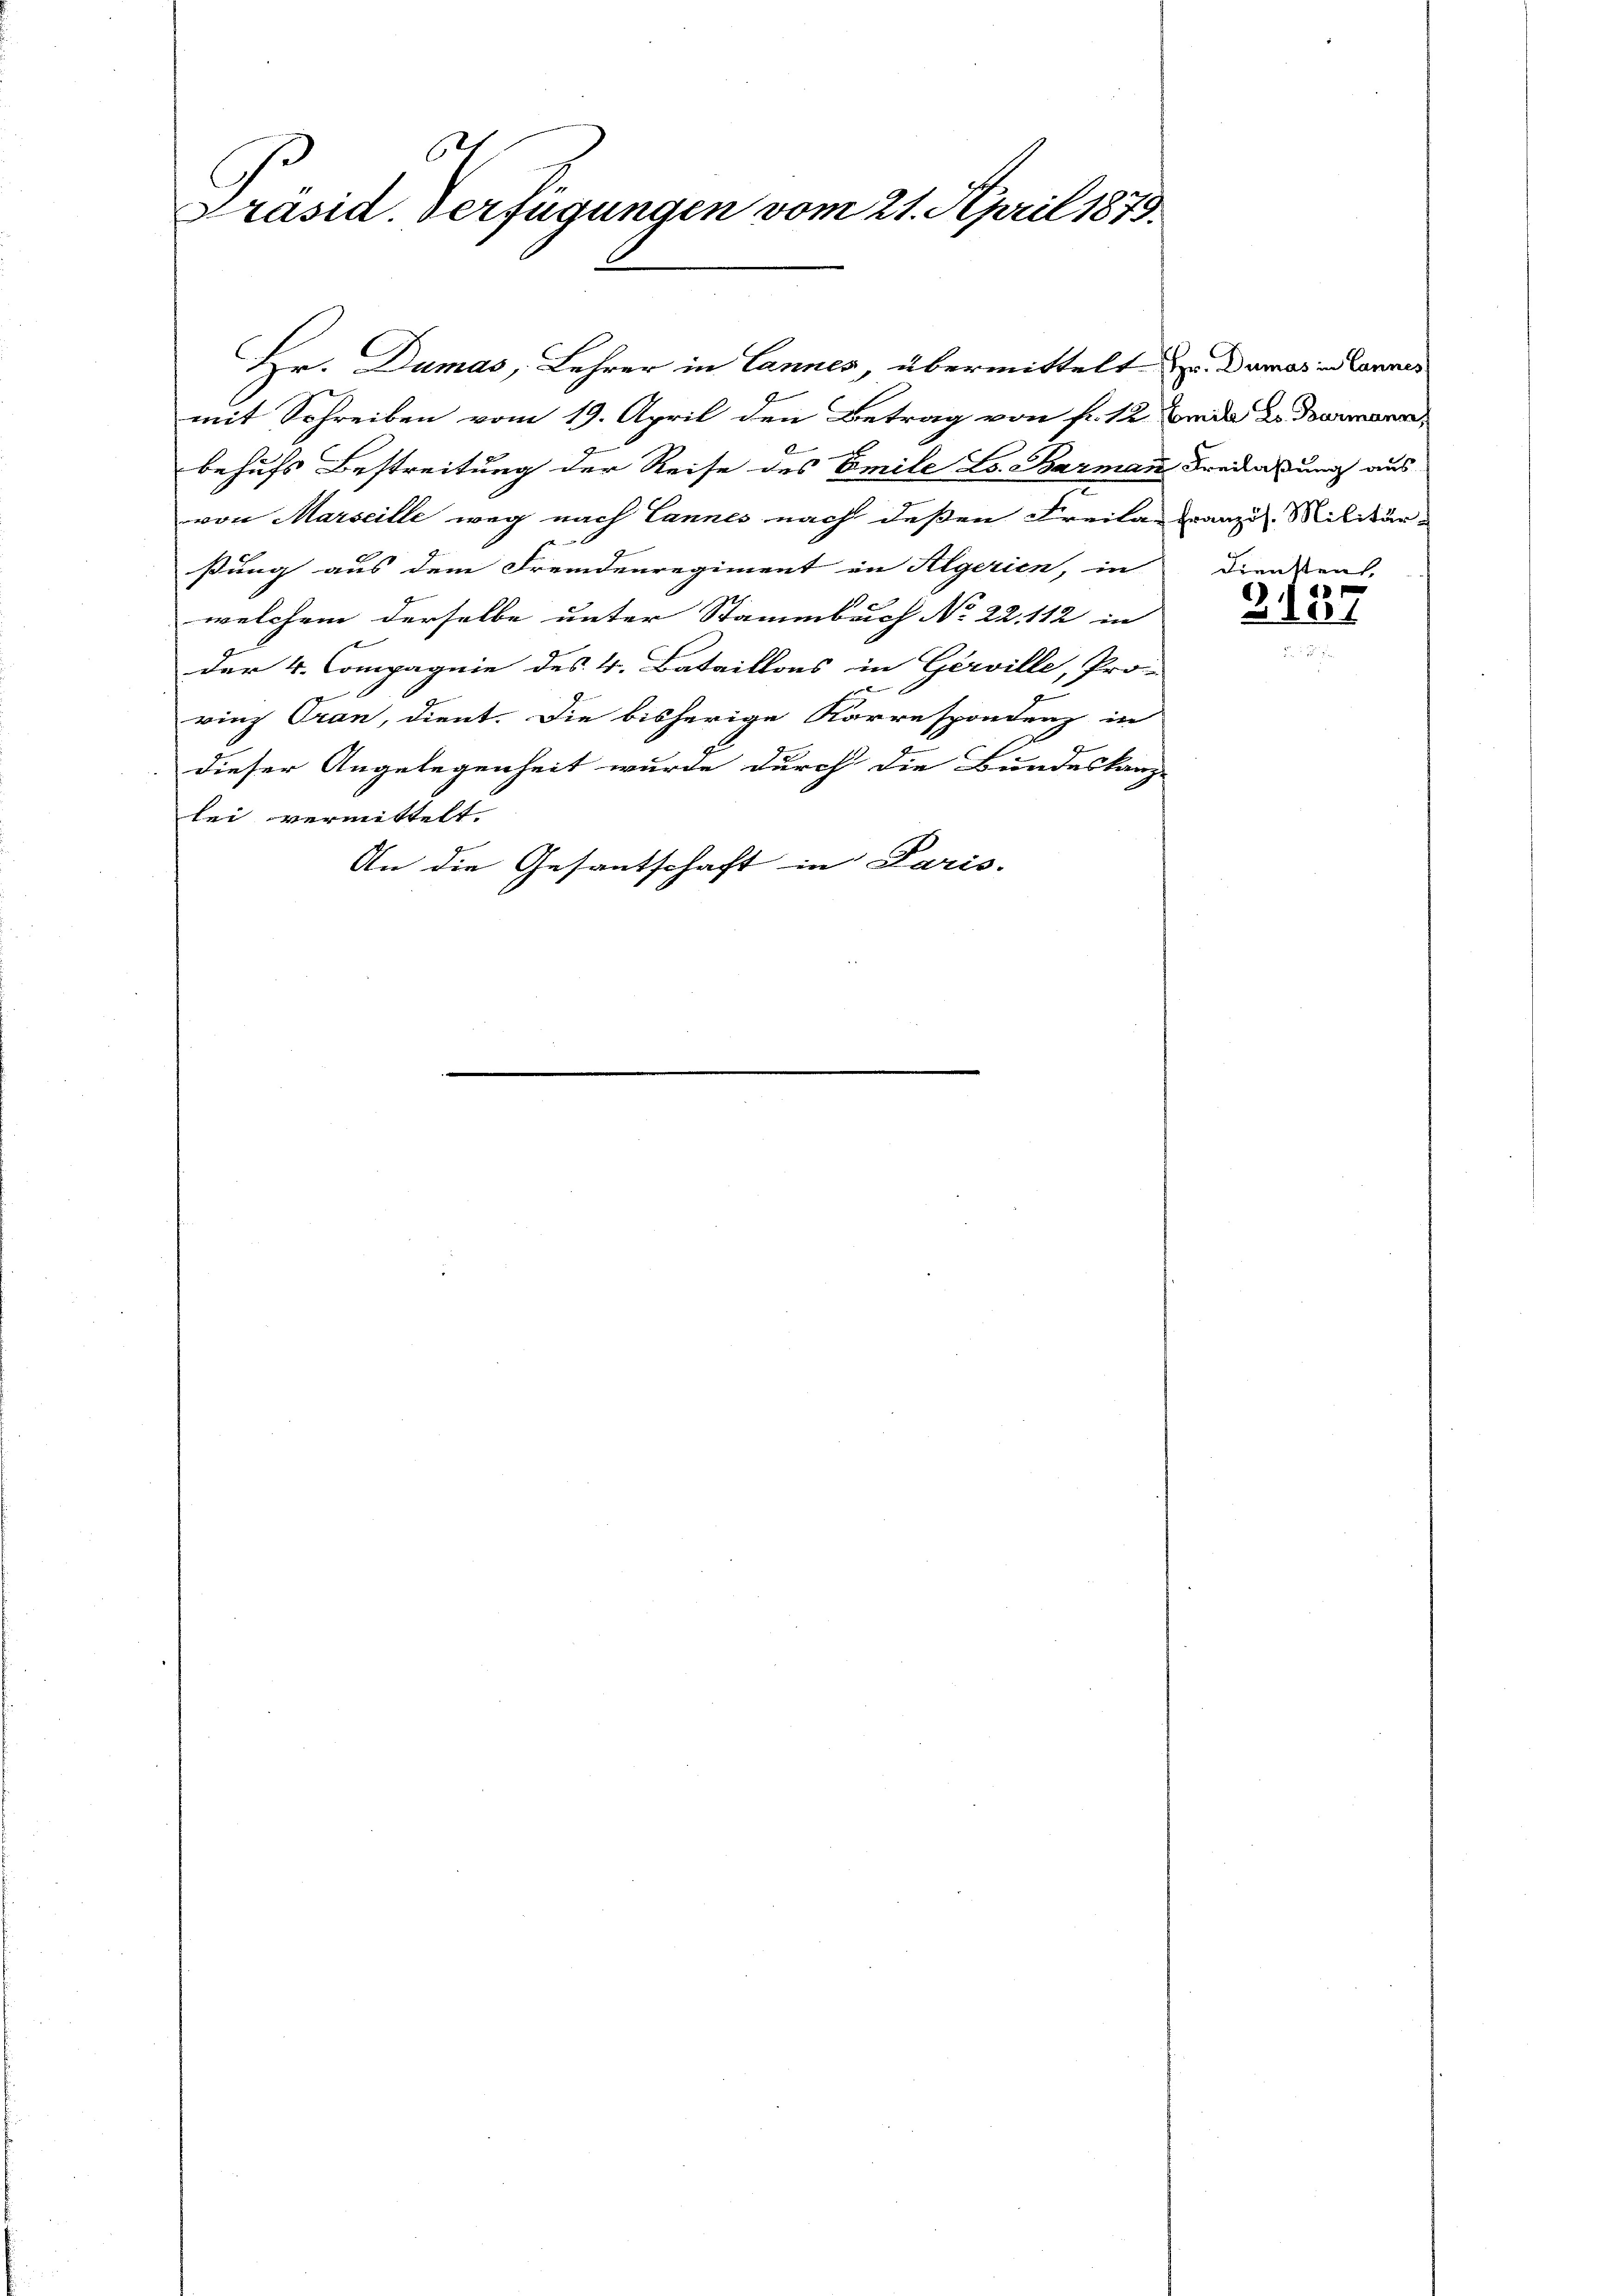
s
Präsid. Verfügungen vom 21. April 1879.

mit Schreiben vom 19. April den Betrag von fr. 12 beide u. dann
K
behufs Bestreitung der Reise des Emile L. Barmann Freias uns aus
von Marseille weg nach Cannes nach deßen Freitanganz in Militärßung aus dem Fremdenregiment in Algerien, in
welchem derselbe unter Stammbach No 22. 112 in
der 4. Compagnie des 4. Bataillons in Gerville, Pro
vinz Oran, dient. Die bisherige Karrespondenz in
E
dieser Angelegenheit wurde durch die Bundeskanz-
lei vermittelt
An die Gesantschaft in Paris.

Hr. Dumas, Lehrer in Lannes, übermittelt u. Damas in Lannes

Diensten
4
3101